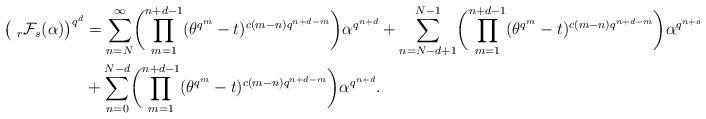
LaTeX: \begin{align*}\bigl(~_r\mathcal{F}_s(\alpha)\bigr)^{q^d}&=\sum_{n=N}^{\infty}\biggl(\prod_{m=1}^{n+d-1}(\theta^{q^m}-t)^{c(m-n)q^{n+d-m}}\biggr)\alpha^{q^{n+d}}+\sum_{n=N-d+1}^{N-1}\biggl(\prod_{m=1}^{n+d-1}(\theta^{q^m}-t)^{c(m-n)q^{n+d-m}}\biggr)\alpha^{q^{n+d}}\\&+\sum_{n=0}^{N-d}\biggl(\prod_{m=1}^{n+d-1}(\theta^{q^m}-t)^{c(m-n)q^{n+d-m}}\biggr)\alpha^{q^{n+d}}.\end{align*}